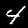
Digit: 4